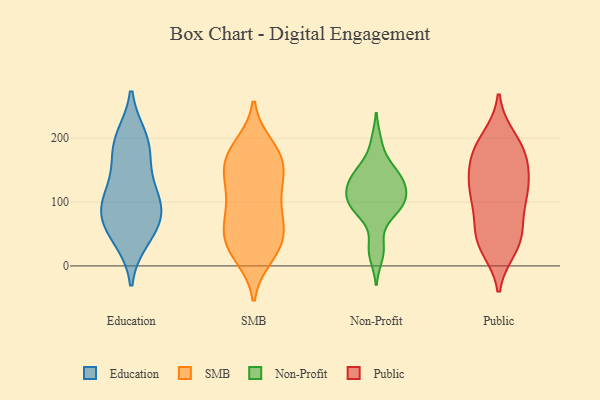
{"axis": {"x": "Production Output", "y": "Value"}, "legend": ["Education", "Non-Profit", "Public", "SMB"], "data": [{"x": "", "y": 188, "type": "Education"}, {"x": "", "y": 181, "type": "Education"}, {"x": "", "y": 198, "type": "Education"}, {"x": "", "y": 93, "type": "Education"}, {"x": "", "y": 79, "type": "Education"}, {"x": "", "y": 44, "type": "Education"}, {"x": "", "y": 57, "type": "Education"}, {"x": "", "y": 125, "type": "Education"}, {"x": "", "y": 79, "type": "Education"}, {"x": "", "y": 112, "type": "Education"}, {"x": "", "y": 172, "type": "SMB"}, {"x": "", "y": 119, "type": "SMB"}, {"x": "", "y": 26, "type": "SMB"}, {"x": "", "y": 101, "type": "SMB"}, {"x": "", "y": 15, "type": "SMB"}, {"x": "", "y": 141, "type": "SMB"}, {"x": "", "y": 64, "type": "SMB"}, {"x": "", "y": 168, "type": "SMB"}, {"x": "", "y": 165, "type": "SMB"}, {"x": "", "y": 52, "type": "SMB"}, {"x": "", "y": 188, "type": "SMB"}, {"x": "", "y": 36, "type": "SMB"}, {"x": "", "y": 20, "type": "SMB"}, {"x": "", "y": 145, "type": "SMB"}, {"x": "", "y": 185, "type": "SMB"}, {"x": "", "y": 66, "type": "SMB"}, {"x": "", "y": 43, "type": "SMB"}, {"x": "", "y": 79, "type": "SMB"}, {"x": "", "y": 146, "type": "SMB"}, {"x": "", "y": 103, "type": "SMB"}, {"x": "", "y": 112, "type": "Non-Profit"}, {"x": "", "y": 141, "type": "Non-Profit"}, {"x": "", "y": 32, "type": "Non-Profit"}, {"x": "", "y": 101, "type": "Non-Profit"}, {"x": "", "y": 156, "type": "Non-Profit"}, {"x": "", "y": 88, "type": "Non-Profit"}, {"x": "", "y": 118, "type": "Non-Profit"}, {"x": "", "y": 103, "type": "Non-Profit"}, {"x": "", "y": 194, "type": "Non-Profit"}, {"x": "", "y": 16, "type": "Non-Profit"}, {"x": "", "y": 131, "type": "Non-Profit"}, {"x": "", "y": 131, "type": "Non-Profit"}, {"x": "", "y": 83, "type": "Non-Profit"}, {"x": "", "y": 91, "type": "Non-Profit"}, {"x": "", "y": 146, "type": "Non-Profit"}, {"x": "", "y": 171, "type": "Public"}, {"x": "", "y": 28, "type": "Public"}, {"x": "", "y": 121, "type": "Public"}, {"x": "", "y": 100, "type": "Public"}, {"x": "", "y": 58, "type": "Public"}, {"x": "", "y": 121, "type": "Public"}, {"x": "", "y": 37, "type": "Public"}, {"x": "", "y": 189, "type": "Public"}, {"x": "", "y": 189, "type": "Public"}, {"x": "", "y": 63, "type": "Public"}, {"x": "", "y": 177, "type": "Public"}, {"x": "", "y": 133, "type": "Public"}, {"x": "", "y": 151, "type": "Public"}, {"x": "", "y": 39, "type": "Public"}, {"x": "", "y": 200, "type": "Public"}, {"x": "", "y": 35, "type": "Public"}, {"x": "", "y": 111, "type": "Public"}, {"x": "", "y": 154, "type": "Public"}, {"x": "", "y": 102, "type": "Public"}]}